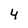
Character: 4